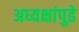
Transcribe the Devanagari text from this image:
अध्यक्षांपुढे